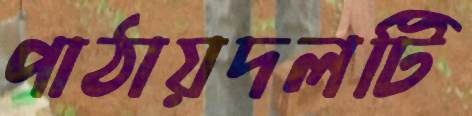
পাঠায়দলটি